Vital statistics of India. Vol. IV, Annual returns from 1871 to 1876. British Army of India, Native Army and jails of Bengal
Year: 1871
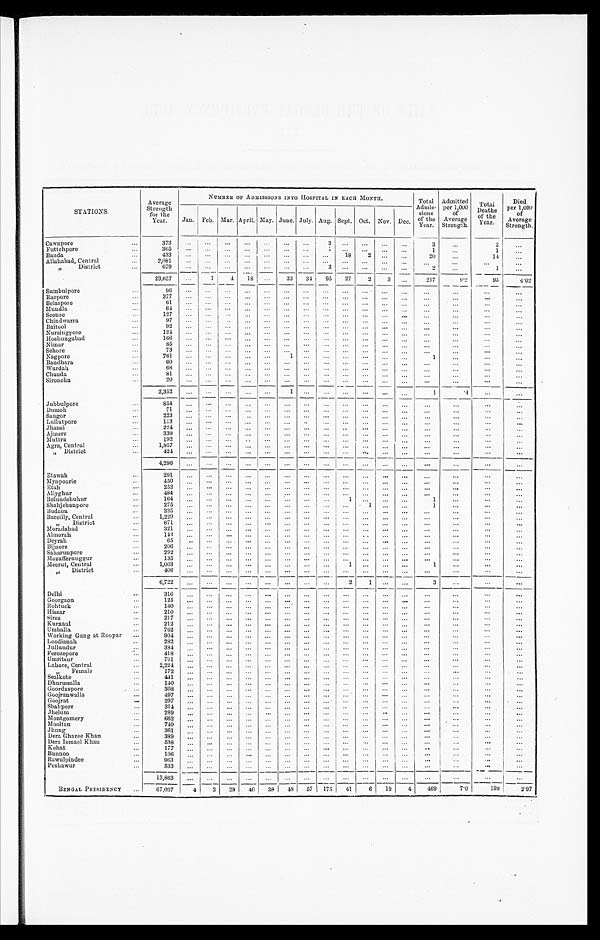
STATIONS.
Average
Strength
for the
Year.
NUMBER OF ADMISSIONS INTO HOSPITAL IN EACH MONTH.
Total
Admis-
sions
of the
Year.
Admitted
per 1,000
of
Average
Strength.
Total
Deaths
of the
Year.
Died
per 1,000
of
Average
Strength.
Jan. Feb. Mar. April. May. June. July. Aug. Sept. Oct. Nov. Dec.
Cawnpore . . .
373
. . .
. . .
. . .
. . . . . .
. . .. . .
3
. . .
. . .
. . .. . .
3
. . .
2
. . .
Futtehpore . . .
365 . . .
. . .
. . .
. . .. . .
. . . . . .
1 . . .
. . .
. . .. . .
1
. . .
1
. . .
Banda . . .
433
. . .
. . .
. . .
. . .
. . .
. . . . . .
. . . 18
2
. . .. . .
20
. . .
14
. . .
Allahabad, Central . . .
2,081
. . .
. . .
. . .
. . .
. . .
. . .
. . .
. . .
. . .
. . .
. . .
. . . . . .
. . .
. . .
. . .
" D i s t r i c t . . .
679
. . .
. . .
. . .. . .
. . .
. . . . . .
2
. . .
. . .
. . .
. . .
2
. . .
1
. . .
23,657
. . .
1
4
1 8
. . .
33
34 95
27
2
3
. . .
217
9.2
95
4 . 0 2
Sumbulpore . . .
9 6
. . .
. . .
. . .
. . . . . .
. . . . . .
. . . . . .
. . . . . .
. . .
. . .
. . .
. . .
. . .
Raepore . . .
377
. . .
. . .
. . .
. . .
. . .
. . .
. . .
. . .
. . .
. . .
. . .
. . .
. . .
. . .
. . .
. . .
Belaspore . . .
61
. . .
. . .
. . .
. . .
. . .
. . .
. . .
. . .
. . .
. . .
. . .
. . .
. . .
. . .
. . .
. . .
Mundla . . .
6 4 . . .
. . .
. . . . . .
. . .
. . . . . .
. . . . . .
. . .
. . . . . .
. . .
. . .
. . .
. . .
Seonee . . .
127 . . .
. . .
. . . . . .
. . .
. . . . . .
. . .
. . .
. . .
. . .
. . .
. . .
. . .
. . .
. . .
Chindwarra . . .
97
. . .
. . .
. . . . . .
. . .
. . . . . .
. . . . . .
. . .
. . . . . .
. . .
. . .
. . .
. . .
B ai to ol . . .
9 2 . . .
. . .
. . . . . .
. . .
. . .
. . .
. . .
. . .
. . .
. . .
. . .
. . .
. . .
. . .
. . .
Nursingpore . . .
1 2 4 . . .
. . .
. . . . . .
. . .
. . . . . .
. . . . . .
. . .
. . .
. . .
. . .
. . .
. . .
. . .
Hoshungabad . . .
1 6 6 . . .
. . .
. . . . . .
. . .
. . .
. . .
. . .
. . .
. . .
. . . . . .
. . .
. . .
. . .
. . .
Nimar . . .
85
. . .
. . .
. . .
. . .
. . .
. . .
. . .
. . .
. . .
. . .
. . .
. . .
. . .
. . .
. . .
. . .
Sehore . . .
73 . . .
. . .
. . . . . .
. . .
. . . . . .
. . . . . .
. . .
. . . . . .
. . .
. . .
. . .
. . .
Nagpore . . .
761
. . .
. . .
. . .
. . .
. . .
1 . . .
. . . . . .
. . .
. . .
. . .
1
. . .
. . .
. . .
Bandhara . . .
60 . . .
. . .
. . .
. . .
. . .
. . .
. . .
. . .
. . .
. . .
. . . . . .
. . .
. . .
. . .
. . .
Wurdah . . .
68 . . .
. . .
. . .
. . .
. . .
. . .
. . .
. . .
. . .
. . .
. . .
. . .
. . .
. . .
. . .
. . .
Chanda . . .
8 1 . . .
. . .
. . . . . .
. . .
. . . . . .
. . . . . .
. . .
. . .
. . .
. . .
. . .
. . .
. . .
Sironcha . . .
2 0 . . .
. . .
. . . . . .
. . .
. . . . . .
. . . . . .
. . .
. . .
. . .
. . .
. . .
. . .
. . .
2 , 3 5 2 . . .
. . .
. . .. . .
. . .
1
. . .
. . . . . .
. . .
. . . . . .
1
. 4
. . .
. . .
Jubbulpore . . .
854
. . .
. . .
. . .. . .
. . .
. . .
. . .
. . .
. . .
. . .
. . . . . .
. . .
. . .
. . .
. . .
Dumoh . . .
71
. . .
. . .
. . .. . .
. . .
. . .
. . .
. . . . . .
. . .
. . . . . .
. . .
. . .
. . .
. . .
Saugor . . .
223
. . .
. . .
. . .
. . .
. . .
. . .
. . .
. . .
. . .
. . .
. . .
. . .
. . .
. . .
. . .
. . .
Lullutpore . . .
113
. . .
. . .
. . .
. . . . . .
. . . . . .
. . .
. . .
. . .
. . . . . .
. . .
. . .
. . .
. . .
Jhansi . . .
224
. . .
. . .
. . .
. . . . . .
. . . . . .
. . .
. . .
. . .
. . .
. . .
. . .
. . .
. . .
. . .
Ajmere . . .
339 . . .
. . . . . .
. . .
. . .
. . .
. . .
. . .
. . .
. . .
. . .
. . .
. . .
. . .
. . .
. . .
Muttra . . .
192 . . .
. . .
. . . . . .
. . .
. . . . . .
. . .
. . .
. . .
. . .
. . .
. . .
. . .
. . .
. . .
Agra, Central . . .
1,857
. . .
. . .
. . . . . .
. . .
. . . . . .
. . . . . .
. . .
. . . . . .
. . .
. . .
. . .
. . .
" District . . .
424 . . .
. . .
. . . . . .
. . .
. . .
. . .
. . .
. . .
. . .
. . .
. . .
. . .
. . .
. . .
. . .
4,296
. . .
. . .
. . .
. . .
. . .
. . .
. . .
. . .
. . .
. . .
. . .
. . .
. . .
. . .
. . .
. . .
Etawah . . .
2 9 1 . . .
. . .
. . . . . .
. . .
. . . . . .
. . .
. . .
. . .
. . .
. . .
. . .
. . .
. . .
. . .
Mynpoorie . . .
450 . . .
. . .
. . . . . .
. . .
. . .
. . .
. . .
. . .
. . .
. . .
. . .
. . .
. . .
. . .
. . .
Etah . . .
252 . . .
. . .
. . . . . .
. . .
. . . . . .
. . .
. . .
. . .
. . .
. . .
. . .
. . .
. . .
. . .
Allyghur . . .
484
. . .
. . .
. . . . . .
. . .
. . . . . .
. . .
. . .
. . .
. . .
. . .
. . .
. . .
. . .
. . .
Bolundshuhur . . .
164 . . .
. . .
. . . . . .
. . .
. . .
. . .
. . .
1
. . .
. . . . . .
1
. . .
. . .
. . .
Shahjehanpore . . .
275
. . .
. . .
. . . . . .
. . .
. . .
. . .
. . .
. . .
1
. . . . . .
1
. . .
. . .
. . .
Budaon . . .
335 . . .
. . .
. . . . . .
. . .
. . . . . .
. . . . . .
. . .
. . . . . .
. . .
. . .
. . .
. . .
Bareilly, Central . . .
1,229
. . .
. . .
. . . . . .
. . .
. . . . . .
. . . . . .
. . .
. . .
. . .
. . .
. . .
. . .
. . .
" District . . .
671
. . .
. . .
. . .
. . .
. . .
. . . . . .
. . . . . .
. . .
. . . . . .
. . .
. . .
. . .
. . .
Moradabad . . .
321 . . .
. . .
. . .
. . .
. . .
. . .
. . .
. . .
. . .
. . .
. . . . . .
. . .
. . .
. . .
. . .
Almorah . . .
142
. . .
. . .
. . .
. . .
. . .
. . . . . .
. . . . . .
. . .
. . . . . .
. . .
. . .
. . .
. . .
D eyrah . . .
65
. . .
. . .
. . .
. . .
. . .
. . .
. . .
. . .
. . .
. . .
. . .
. . .
. . .
. . .
. . .
. . .
Bijnore . . .
2 0 6 . . .
. . .
. . . . . .
. . .
. . .
. . .
. . .
. . .
. . .
. . .
. . .
. . .
. . .
. . .
. . .
Saharunpore . . .
292 . . .
. . .
. . . . . .
. . .
. . .
. . .
. . .
. . .
. . .
. . .
. . .
. . .
. . .
. . .
. . .
Mozuffernuggur . . .
135 . . .
. . .
. . .
. . .
. . .
. . .
. . .
. . .
. . .
. . .
. . .
. . .
. . .
. . .
. . .
. . .
Meerut, Central . . .
1,003
. . .
. . .
. . .
. . .
. . .
. . .
. . .
. . .
1
. . .
. . .
. . .
1
. . .
. . .
. . .
" District . . .
4 0 6
. . .
. . .
. . . . . .
. . .
. . .
. . .
. . .
. . .
. . .
. . .
. . .
. . .
. . .
. . .
. . .
6,722
. . .
. . .
. . .
. . .
. . .
. . . . . .
. . .
2
1
. . .
. . .
3
. . .
. . .
. . .
Delhi . . .
316
. . .
. . .
. . .
. . .
. . .
. . . . . .
. . .
. . .
. . .
. . .
. . .
. . .
. . .
. . .
. . .
G oo rgaon . . .
125
. . .
. . .
. . . . . .
. . .
. . .
. . .
. . .
. . .
. . .
. . .
. . .
. . .
. . .
. . .
. . .
Rohtuck . . .
180
. . .
. . .
. . . . . .
. . .
. . . . . .
. . . . . .
. . .
. . .
. . .
. . .
. . .
. . .
. . .
Hissar . . .
210
. . .
. . .
. . .
. . .
. . .
. . .
. . .
. . .
. . .
. . .
. . .
. . .
. . .
. . .
. . .
. . .
Sirsa . . .
217
. . .
. . .
. . .
. . .
. . .
. . .
. . .
. . .
. . .
. . .
. . .
. . .
. . .
. . .
. . .
. . .
Kurnaul . . .
212 . . .
. . .
. . . . . .
. . .
. . . . . .
. . .
. . .
. . .
. . . . . .
. . .
. . .
. . .
. . .
Umballa . . .
762 . . .
. . .
. . . . . .
. . .
. . . . . .
. . . . . .
. . .
. . .
. . .
. . .
. . .
. . .
. . .
W o rking Gang at Roopar . . .
904 . . .
. . .
. . .
. . .
. . .
. . .
. . .
. . .
. . .
. . .
. . .
. . .
. . .
. . .
. . .
. . .
Loodianah . . .
282 . . .
. . .
. . . . . .
. . .
. . .
. . .
. . .
. . .
. . .
. . .
. . .
. . .
. . .
. . .
. . .
Jullundur . . .
384 . . .
. . .
. . .
. . .
. . .
. . .
. . .
. . .
. . .
. . .
. . .
. . .
. . .
. . .
. . .
. . .
Ferozepore . . .
418
. . .
. . .
. . . . . .
. . .
. . . . . .
. . . . . .
. . .
. . .
. . .
. . .
. . .
. . .
. . .
Umritsur . . .
701 . . .
. . .
. . . . . .
. . .
. . .
. . .
. . .
. . .
. . .
. . .
. . .
. . .
. . .
. . .
. . .
Lahore, Central . . .
2,224
. . .
. . .
. . . . . .
. . .
. . .
. . .
. . .
. . .
. . .
. . .
. . .
. . .
. . .
. . .
. . .
" Female . . .
172
. . .
. . .
. . . . . .
. . .
. . .
. . .
. . .
. . .
. . .
. . .
. . .
. . .
. . .
. . .
. . .
Sealkote . . .
4 4 1
. . .
. . .
. . .
. . .
. . .
. . .
. . .
. . .
. . .
. . .
. . .
. . .
. . .
. . .
. . .
. . .
Dhurmsalla . . .
140 . . .
. . .
. . . . . .
. . .
. . . . . .
. . . . . .
. . .
. . .
. . .
. . .
. . .
. . .
. . .
G o ordaspore . . .
380
. . .
. . .
. . . . . .
. . . . . .
. . .
. . .
. . .
. . .
. . .
. . .
. . .
. . .
. . .
. . .
Goojranwalla . . .
4 9 7
. . .
. . .
. . .
. . .
. . .
. . .
. . .
. . .
. . .
. . .
. . . . . .
. . .
. . .
. . .
. . .
Goojrat . . .
297 . . .
. . .
. . . . . .
. . .
. . .
. . .
. . . . . .
. . .
. . . . . .
. . .
. . .
. . .
. . .
Shahpore . . .
314
. . .
. . .
. . . . . .
. . .
. . .
. . .
. . .
. . .
. . .
. . .
. . .
. . .
. . .
. . .
. . .
Jhelum . . .
289
. . .
. . .
. . .
. . .
. . .
. . .
. . .
. . .
. . .
. . .
. . . . . .
. . .
. . .
. . .
. . .
Montgomery . . .
662 . . .
. . .
. . . . . .
. . .
. . . . . .
. . . . . .
. . .
. . . . . .
. . .
. . .
. . .
. . .
Mooltan . . .
740
. . .
. . .
. . . . . .
. . .
. . . . . .
. . . . . .
. . .
. . . . . .
. . .
. . .
. . .
. . .
J h ung . . .
361 . . .
. . .
. . .
. . .
. . .
. . .
. . .
. . .
. . .
. . .
. . . . . .
. . .
. . .
. . .
. . .
Dera Ghazee Khan . . .
389 . . .
. . .
. . . . . .
. . .
. . . . . .
. . . . . .
. . .
. . .
. . .
. . .
. . .
. . .
. . .
Dera Ismael Khan . . .
538 . . .
. . .
. . . . . .
. . .
. . .
. . .
. . .
. . .
. . .
. . .
. . .
. . .
. . .
. . .
. . .
Kohat . . .
177
. . .
. . .
. . .
. . .
. . .
. . .
. . .
. . .
. . .
. . .
. . .
. . .
. . .
. . .
. . .
. . .
Bunnoo . . .
106
. . .
. . .
. . .
. . .
. . .
. . .
. . .
. . .
. . .
. . .
. . .
. . .
. . .
. . .
. . .
. . .
R awulpindee . . .
963
. . .
. . .
. . . . . .
. . .
. . .
. . .
. . .
. . .
. . .
. . .
. . .
. . .
. . .
. . .
. . .
Peshawur . . .
533. . .
. . .
. . .
. . . . . .
. . .
. . .
. . .
. . .
. . .
. . .
. . . . . .
. . .
. . .
. . .
. . .
13,863
. . .
. . .
. . .
. . .
. . .
. . .
. . .
. . .
. . .
. . .
. . .
. . .
. . . . . .
. . .
. . .
BENGAL PRESIDENCY
67,037
4
2
29
46
38
48
57
175
41
6
19
4
4 6 9
7.0
1 9 9 2.97